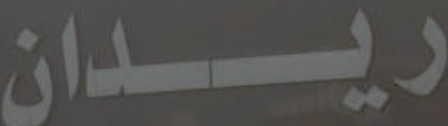
ريدان